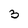
Character: 3